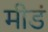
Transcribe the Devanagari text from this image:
मीडं